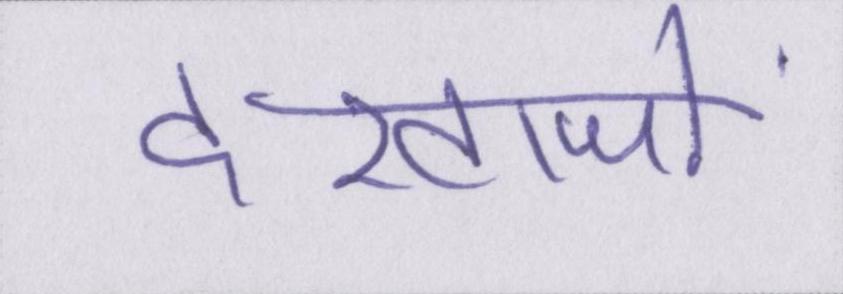
दरवाजों